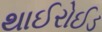
થાઈરોઈડ